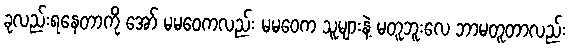
ခုလည်းရနေတာကို အော် မမဝေကလည်း မမဝေက သူများနဲ့ မတူဘူးလေ ဘာမတူတာလည်း